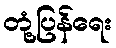
တုံ့ပြန်ရေး